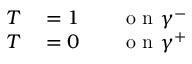
\begin{array} { r l r l } { T } & { { } = 1 } & { } & { { } \textnormal { o n } \gamma ^ { - } } \\ { T } & { { } = 0 } & { } & { { } \textnormal { o n } \gamma ^ { + } } \end{array}